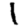
Digit: 1